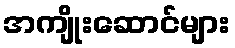
အကျိုးဆောင်များ